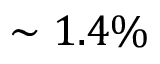
\sim 1 . 4 \%